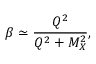
\beta \simeq \frac { Q ^ { 2 } } { Q ^ { 2 } + M _ { X } ^ { 2 } } ,